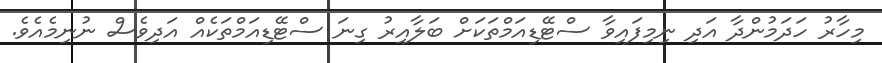
މިހާރު ހަދަމުންދާ އަދި ނިމިފައިވާ ސްޓޭޑިއަމްތަކަށް ބަލާއިރު ގިނަ ސްޓޭޑިއަމްތަކެއް އަދިވެސް ނުނިމެއެވެ.